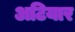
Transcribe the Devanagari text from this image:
अटियार